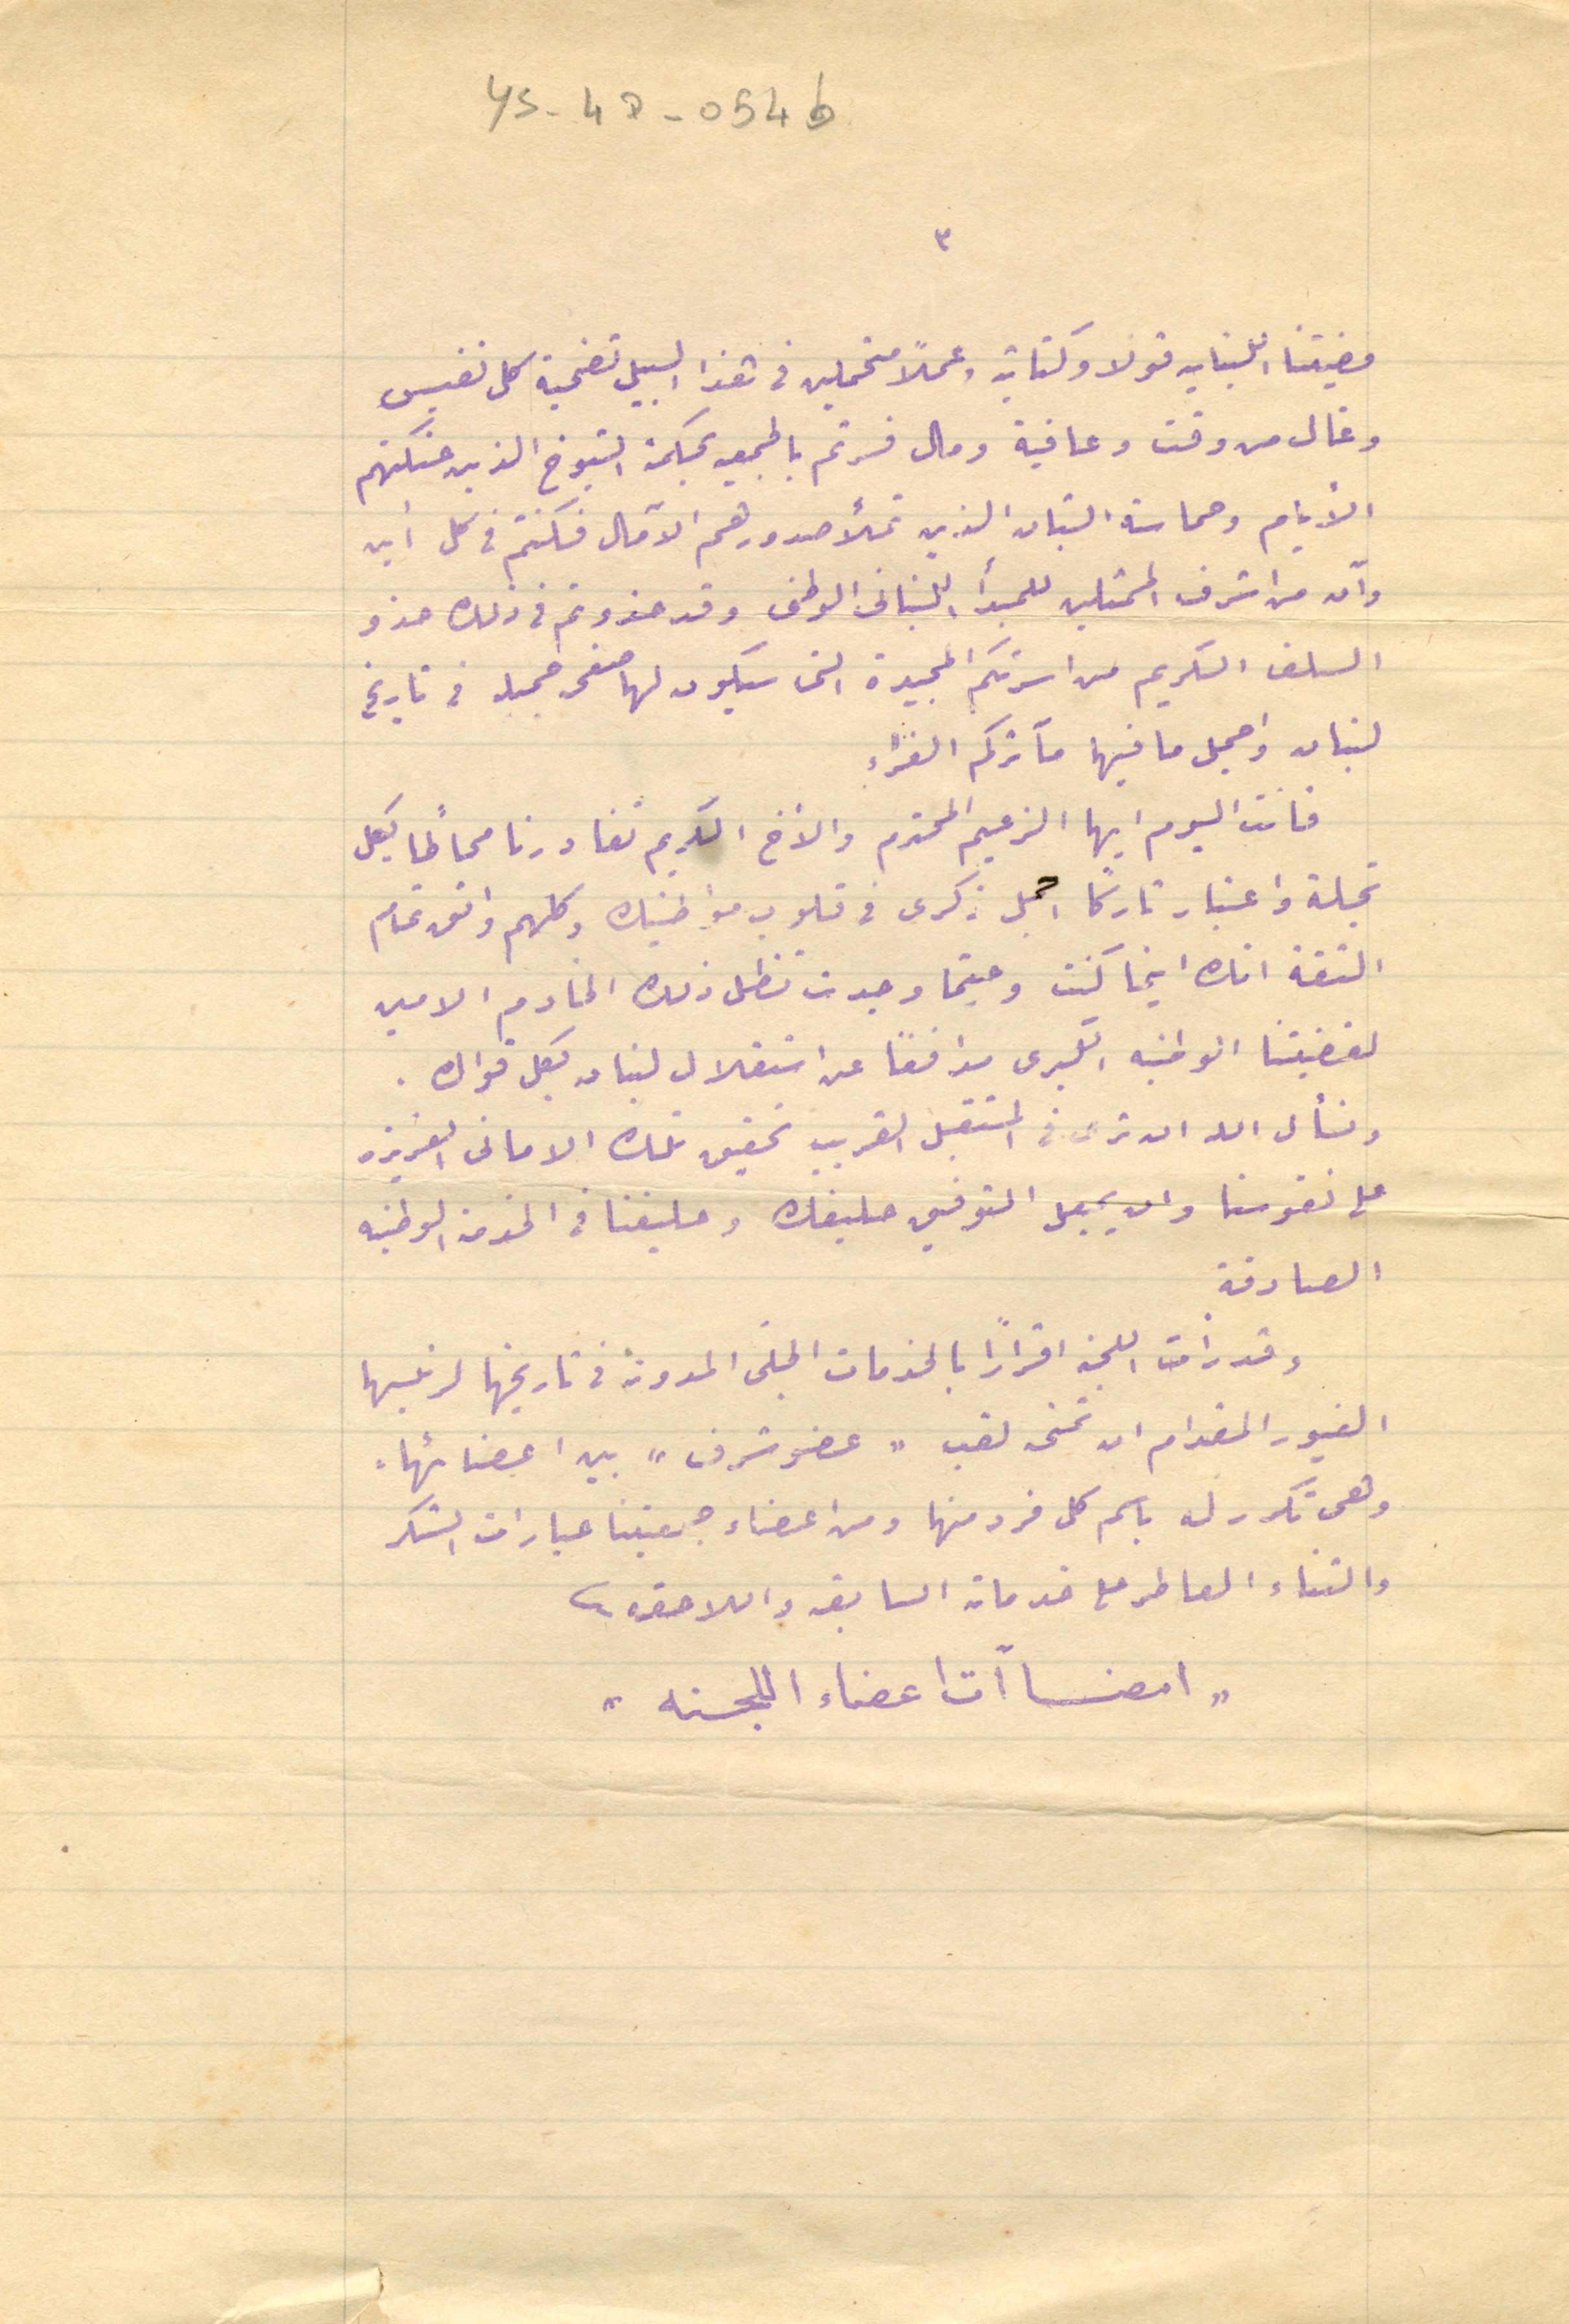
قضيتنا اللبنانيه قولا وكتابة وعملًا متحملين في هذا السبيل تضحية كل نفيس

٣
YS-47-054b
وغال من وقت وعافية ومال فسرتم بالجمعيه بحكمة الشيوخ الذين حنكتهم
الأيام وحماسة الشبان الذين تملأ صدورهم الآمال فكنتم في كل أين
وآن من اشرف الممثلين للمبدأ اللبنانى الوطنى وقد حذوتم فى ذلك حذو
السلف الكريم من اسرتكم  المجيدة التى سيكون لها صفحة جميلة فى تاريخ
لبنان واجمل ما فيها مآثركم الغراء
فانت اليوم ايها الزعيم المحترم والأخ الكريم تغادرنا محاطًا بكل
تجلة واعتبار تاركًا اجمل ذكرى في قلوب مواطنيك وكلهم واثق تمام
الثقة انك اينما كنت وحيثما وجدت تظل ذلك الخادم الامين
لقضيتنا الوطنيه الكبرى مدافعًا عن استقلال لبنان بكل قواك.
ونسأل الله ان ترى فى المستقبل القريب تحقيق تلك الامانى العزيزه
على نفوسنا وان يجعل التوفيق حليفك وحليفنا فى الخدمة الوطنيه
الصادقة
وقد رأت اللجنه اقرارًا بالخدمات الجلى المدونة في تاريخها لرئيسها
الغيور المقدام ان تمنى لقب "عضو شرف" بين اعضائها.
وهى تكرر له باسم كل فرد منها ومن اعضاء جمعيتنا عبارات الشكر
والثناء العاطر على خدماته السابقه واللاحقه.
" امضاأت اعضاء اللجنه "